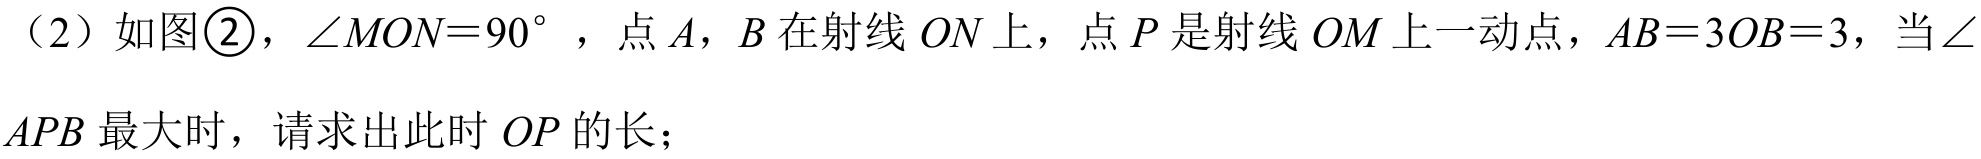
（2）如图\textcircled{2}，\(\angle MON = 90^{\circ}\)，点 \(A\)，\(B\) 在射线 \(ON\) 上，点 \(P\) 是射线 \(OM\) 上一动点，\(AB = 3OB = 3\)，当\(\angle APB\) 最大时，请求出此时 \(OP\) 的长；